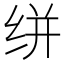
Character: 𰬔